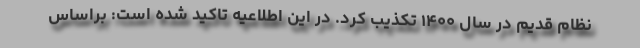
نظام قدیم در سال ۱۴۰۰ تکذیب کرد. در این اطلاعیه تاکید شده است: براساس